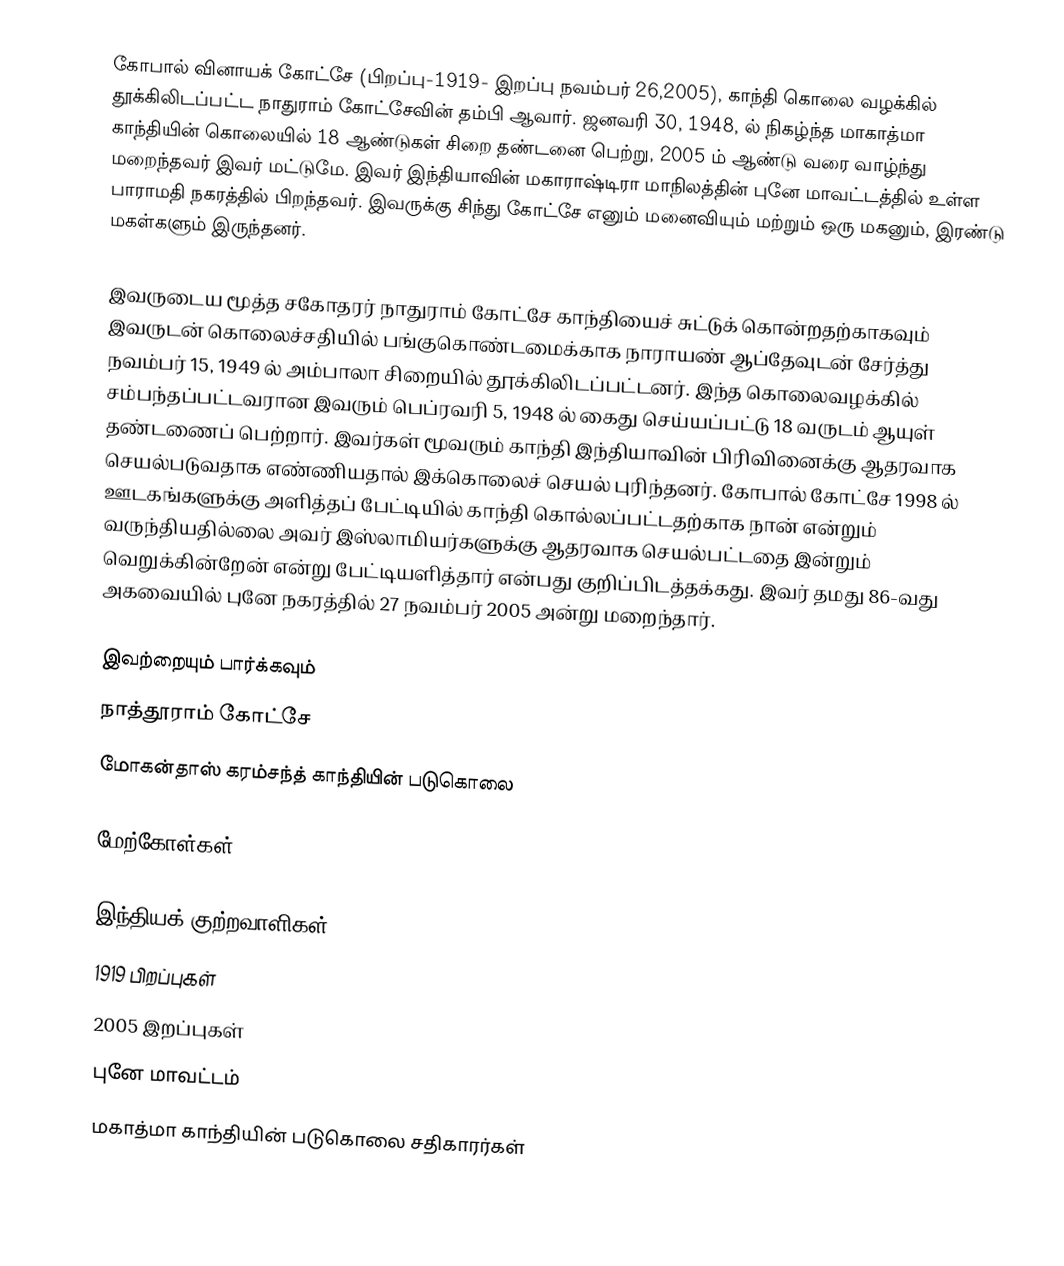
கோபால் வினாயக் கோட்சே  (பிறப்பு-1919- இறப்பு நவம்பர் 26,2005),  காந்தி கொலை வழக்கில் தூக்கிலிடப்பட்ட நாதுராம் கோட்சேவின் தம்பி  ஆவார். ஜனவரி 30, 1948, ல் நிகழ்ந்த மாகாத்மா காந்தியின் கொலையில் 18 ஆண்டுகள் சிறை தண்டனை பெற்று, 2005 ம் ஆண்டு வரை வாழ்ந்து மறைந்தவர் இவர் மட்டுமே.  இவர் இந்தியாவின் மகாராஷ்டிரா மாநிலத்தின் புனே மாவட்டத்தில் உள்ள பாராமதி நகரத்தில் பிறந்தவர். இவருக்கு சிந்து கோட்சே எனும் மனைவியும் மற்றும் ஒரு மகனும், இரண்டு மகள்களும் இருந்தனர்.

இவருடைய மூத்த சகோதரர் நாதுராம் கோட்சே காந்தியைச் சுட்டுக் கொன்றதற்காகவும் இவருடன் கொலைச்சதியில் பங்குகொண்டமைக்காக நாராயண் ஆப்தேவுடன் சேர்த்து நவம்பர் 15, 1949 ல் அம்பாலா சிறையில் தூக்கிலிடப்பட்டனர். இந்த கொலைவழக்கில் சம்பந்தப்பட்டவரான இவரும் பெப்ரவரி 5, 1948 ல் கைது செய்யப்பட்டு 18 வருடம் ஆயுள் தண்டணைப் பெற்றார். இவர்கள் மூவரும் காந்தி இந்தியாவின் பிரிவினைக்கு ஆதரவாக செயல்படுவதாக எண்ணியதால் இக்கொலைச் செயல் புரிந்தனர். கோபால் கோட்சே 1998 ல் ஊடகங்களுக்கு அளித்தப் பேட்டியில் காந்தி கொல்லப்பட்டதற்காக நான் என்றும் வருந்தியதில்லை அவர் இஸ்லாமியர்களுக்கு ஆதரவாக செயல்பட்டதை இன்றும் வெறுக்கின்றேன் என்று பேட்டியளித்தார் என்பது குறிப்பிடத்தக்கது. இவர் தமது 86-வது அகவையில் புனே நகரத்தில் 27 நவம்பர் 2005 அன்று மறைந்தார்.

இவற்றையும் பார்க்கவும்
 நாத்தூராம் கோட்சே
 மோகன்தாஸ் கரம்சந்த் காந்தியின் படுகொலை

மேற்கோள்கள்

இந்தியக் குற்றவாளிகள்
1919 பிறப்புகள்
2005 இறப்புகள்
புனே மாவட்டம்
மகாத்மா காந்தியின் படுகொலை சதிகாரர்கள்